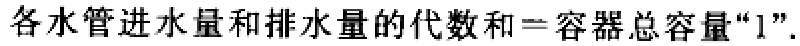
各水管进水量和排水量的代数和=容器总容量“1”.